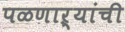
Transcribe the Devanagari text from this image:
पळणाऱ्यांची